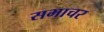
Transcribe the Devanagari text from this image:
सभाचर